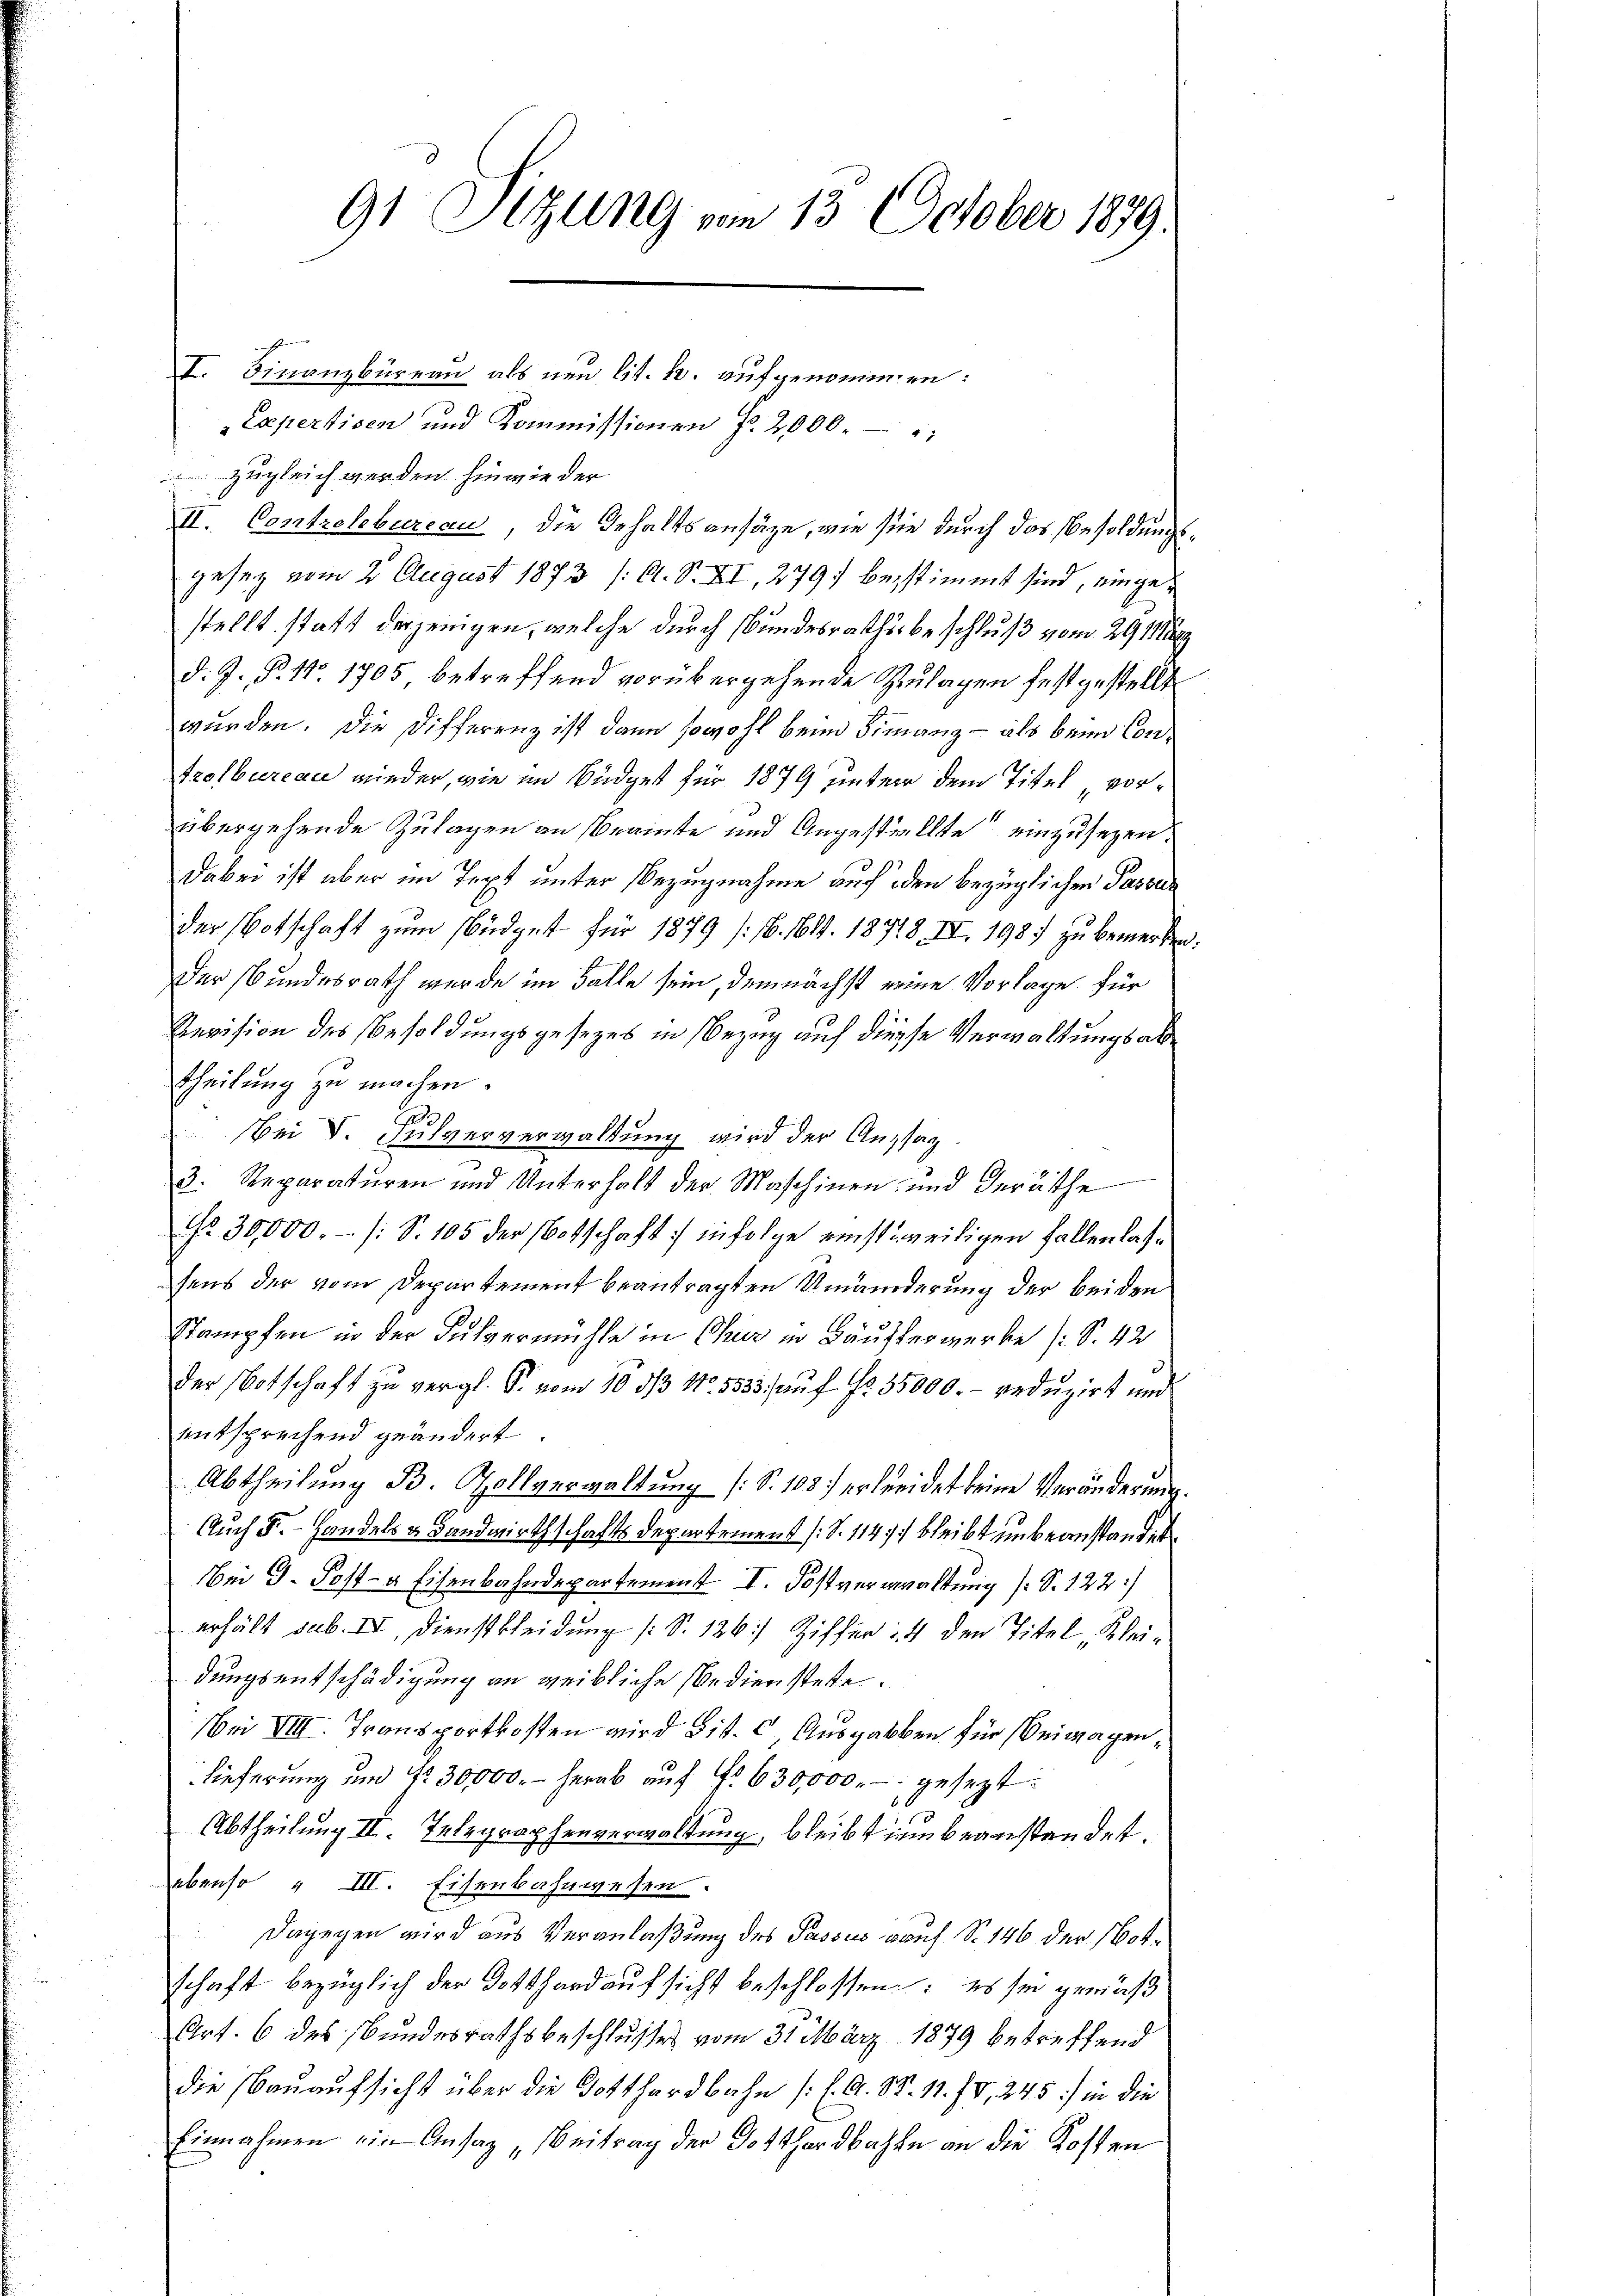
91 Sitzung vom 13. October 1879.

I. Finanzbüreau, als neu lit. k. aufgenommen:
Expertisen und Kommissionen fr. 2000.
zugleich werden hinwie der
II. Controlebureau, die Gehaltsansäze, wie sie durch das Besoldungsgesetz vom 2. August 1873 /: A. S. XI, 279 bestimmt sind, eingestellt statt derjenigen, welche durch Bundesrathsbeschluß vom 291
d. J. P. No 1705 betreffend vorübergehende Zulagen festgestellt
wurden. Die Differenz ist dann sowohl beim Finanz - als beim Controlbureau wieder, wie im Büdget für 1879 unter dem Titel vorübergehende Zulagen an berinte und Angestellte einzusehen.
dabei ist aber im Text unter Bezugnahme auf den bezüglichen Passen
der Botschaft zum Büdget für 1879 (16. 1614. 18718. IV 198 zu bemerken.
Der Bundesrath wurde im Falle sein, demnächst eine Vorlage für
Revision des Besoldungsgesezes in Bezug auf diesse Verwaltungsabtheilung zu machen.
0
Bei d. Julververwaltung wird der Angstag.
3. Reparaturen und Unterhalt der Maschinen und Geräthe
No. 30,000.- (: S. 105 der Botschaft infolge einstweiligen Fallenlassens der vom Departement beantragten Umänderung der beiden
Stampfen in der Fulvermühle in Chur in Bäusserwerke (S. 42
der Notschaft zu vergl. S. vom 10 3/3 No. 5335. auf No 35000. reduzirt und
entsprechend geändert.
Abtheilung B. Zollverwaltung (S. 103. ertreidet keine Veränderung.
Auch F. Handels & Landwirthschafts Departement (S. 114 bleibt unbeanstandet
Bei G. Post- & Eisenbahndepartement I. Postverwaltung (S. 122)
erhält sub. II, Dienstkleidung (S. 126 Ziffer 14 den Titel Kleidungsentschädigung an weibliche bedienstette.
ei VIII. Transportkosten wird Bit. c. Ausgabben für Beilagen,
lieferung um fr. 30,000.- herab auf Fr. 630,000.- gesezt
Abtheilung II. Telegraphenverwaltung, bleibt nun beanstandet.
ebenso „ III. Eisenbahnwesen.
Dagegen wird aus Veranlaßung des Passus auf S. 146 der Botschaft bezüglich der Dotthardaufsicht beschlossen: es sei gemäß
Art. 6 des Bundesrathsbeschlusses vom 31. März 1879 betreffend
die Bauaufsicht über die Gotthardbahn (l. A. S. 11. IV, 245) in die
Einnahmen ein Ansag „Beitrag der Gotthardbachte an die Kosten